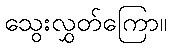
သွေးလွှတ်ကြော။